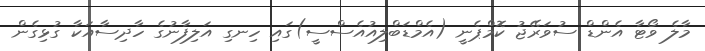
މާލެ ވޯޓާ އެންޑް ސުވަރޭޖު ކޮމްޕެނީ (އެމްޑަބްލިއުއެސްސީ)ގައި ހިނގި އަލިފާނުގެ ހާދިސާއަކާ ގުޅިގެން